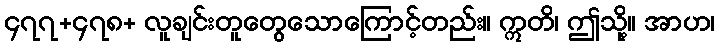
၄၇၇+၄၇၈+ လူချင်းတူတွေသောကြောင့်တည်း။ ဣတိ၊ ဤသို့။ အာဟ၊